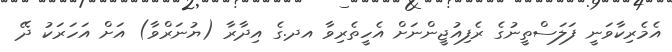
އެމެރިކާވަނީ ފަލަސްތީނުގެ ރެފިއުޖީންނަށް އެހީތެރިވާ އދ.ގެ އިދާރާ (ޔުނަރްވާ) އަށް އަހަރަކު ދޭ